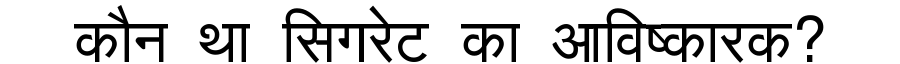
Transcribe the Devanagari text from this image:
कौन था सिगरेट का आविष्कारक?